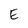
Character: E